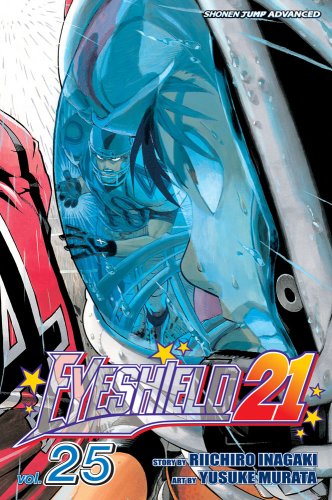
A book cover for Eyeshield 21, Vol. 25; Riichiro Inagaki; Comics & Graphic Novels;